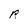
Character: R